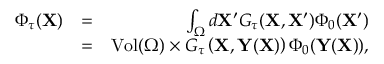
\begin{array} { r l r } { \Phi _ { \tau } ( \mathbf { X } ) } & { = } & { \int _ { \Omega } d \mathbf { X } ^ { \prime } G _ { \tau } ( \mathbf { X } , \mathbf { X } ^ { \prime } ) \Phi _ { 0 } ( \mathbf { X } ^ { \prime } ) } \\ & { = } & { \mathrm { V o l } ( \Omega ) \times G _ { \tau } \left( \mathbf { X } , \mathbf { Y } ( \mathbf { X } ) \right) \Phi _ { 0 } ( \mathbf { Y } ( \mathbf { X } ) ) , } \end{array}